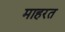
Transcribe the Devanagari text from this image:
माहरत